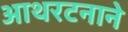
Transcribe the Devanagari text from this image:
आथरटनाने